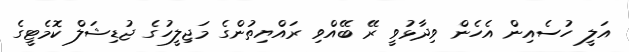
އަލީ ހުސެއިން އެހެން ވިދާޅުވީ ރޭ ބޭއްވި ރައްޔިތުންގެ މަޖިލީހުގެ ޖުޑިޝަލް ކޮމެޓީގެ